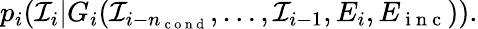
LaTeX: p_{i}({\mathcal I}_{i}|G_{i}({\mathcal I}_{i-n_{\mathrm{~c~o~n~d~}}},\dots,{\mathcal I}_{i-1},E_{i},E_{\mathrm{~i~n~c~}})).